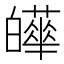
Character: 𤾴